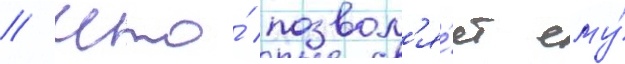
/ что́ позвол'я́ет ему́